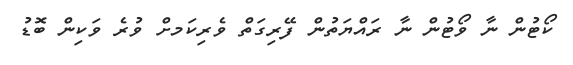
ކޯޓުން ނާ ވޯޓުން ނާ ރައްޔަތުން ފޭރިގަތް ވެރިކަމށް ވުރެ ވަކިން ބޮޑު